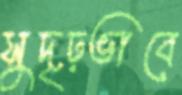
সুদৃঢ়ভাবে